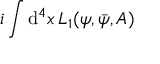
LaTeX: i \int \mathrm { d } ^ { 4 } x \, { \cal L } _ { 1 } ( \psi , \bar { \psi } , A )